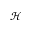
\mathcal { H }